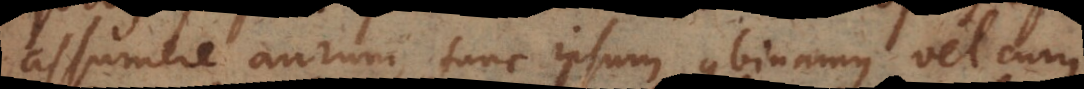
assumere aurum, tunc ipsum combinamus vel cum